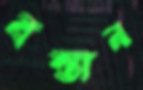
বস্তান